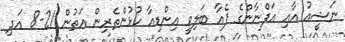
ނަޝީއު އާއި އަފްނާންގެ ޕެއާ ބަލިވީ އިންޑިއާ ކުޅުންތެރިން އަތުން 21-8 އަދި